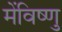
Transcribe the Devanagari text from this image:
मेंविष्णु